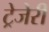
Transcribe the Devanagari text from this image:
ट्रेजेरी